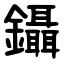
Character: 鑷